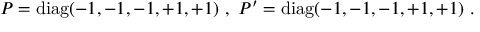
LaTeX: P = \mathrm { d i a g } ( - 1 , - 1 , - 1 , + 1 , + 1 ) ~ , ~ P ^ { \prime } = \mathrm { d i a g } ( - 1 , - 1 , - 1 , + 1 , + 1 ) ~ . ~ \,